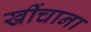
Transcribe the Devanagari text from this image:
खींचाना